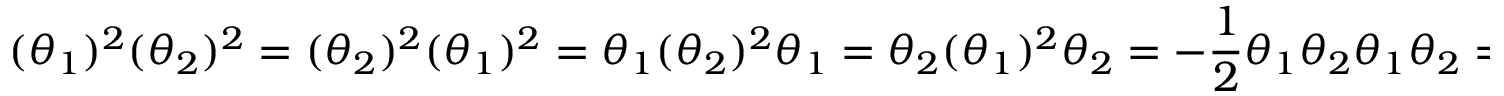
( \theta _ { 1 } ) ^ { 2 } ( \theta _ { 2 } ) ^ { 2 } = ( \theta _ { 2 } ) ^ { 2 } ( \theta _ { 1 } ) ^ { 2 } = \theta _ { 1 } ( \theta _ { 2 } ) ^ { 2 } \theta _ { 1 } = \theta _ { 2 } ( \theta _ { 1 } ) ^ { 2 } \theta _ { 2 } = - { \frac { 1 } { 2 } } \theta _ { 1 } \theta _ { 2 } \theta _ { 1 } \theta _ { 2 } = - { \frac { 1 } { 2 } } \theta _ { 2 } \theta _ { 1 } \theta _ { 2 } \theta _ { 1 } ,